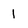
Character: 1